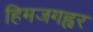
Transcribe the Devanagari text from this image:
हिमजगह्वर